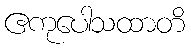
ဧကုပေါသထာတိ